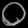
Digit: ၀